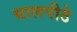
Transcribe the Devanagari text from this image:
थालपीठे